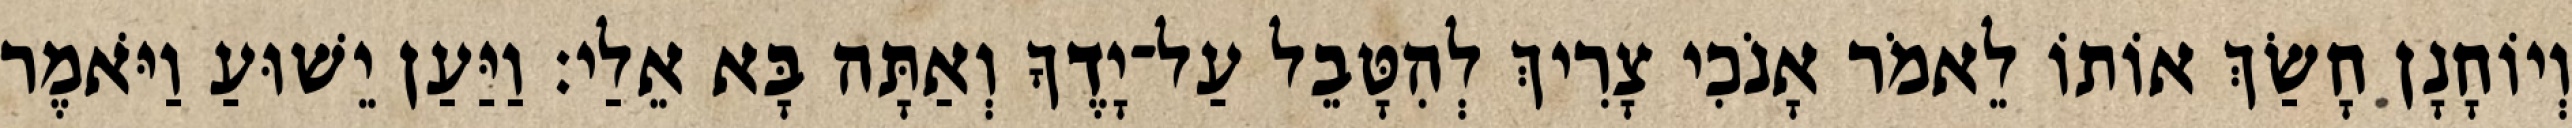
וְיוֹחָנָן חָשַׂךְ אוֹתוֹ לֵאמֹר אָנֹכִי צָרִיךְ לְהִטָּבֵל עַל־יָדֶךָ וְאַתָּה בָּא אֵלַי׃ וַיַּעַן יֵשׁוּעַ וַיֹּאמֶר